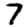
Digit: 7